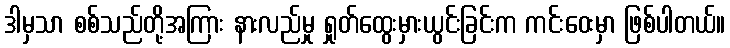
ဒါမှသာ စစ်သည်တို့အကြား နားလည်မှု ရှုတ်ထွေးမှားယွင်းခြင်းက ကင်းဝေးမှာ ဖြစ်ပါတယ်။